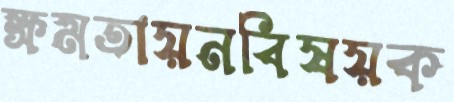
ক্ষমতায়নবিষয়ক